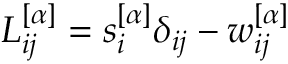
L _ { i j } ^ { [ \alpha ] } = s _ { i } ^ { [ \alpha ] } \delta _ { i j } - w _ { i j } ^ { [ \alpha ] }